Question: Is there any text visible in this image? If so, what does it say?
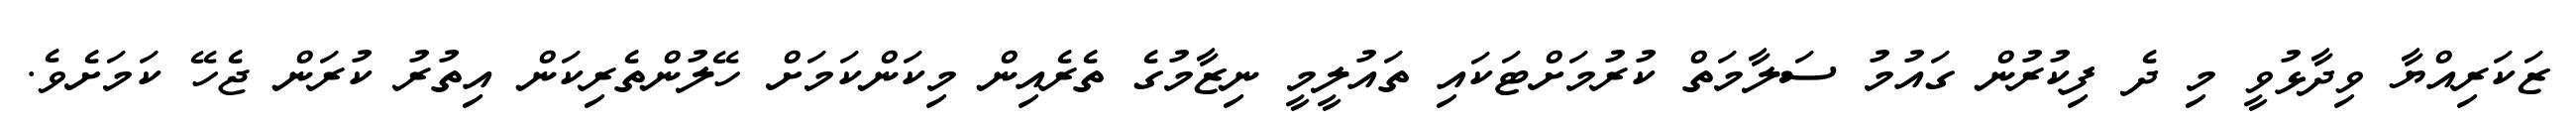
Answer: ޒަކަރިއްޔާ ވިދާޅުވީ މި ދެ ފިކުރުން ގައުމު ސަލާމަތް ކުރުމަށްޓަކައި ތައުލީމީ ނިޒާމުގެ ތެރެއިން މިކަންކަމަށް ހޭލުންތެރިކަން އިތުރު ކުރަން ޖެހޭ ކަމަށެވެ.